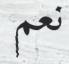
نعم